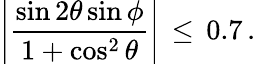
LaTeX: \left|\frac{\sin 2\theta\sin\phi}{1+\cos^{2}\theta}\right|\, \leq\, 0.7\, .